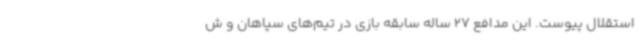
استقلال پیوست. این مدافع 27 ساله سابقه بازی در تیم‌های سپاهان و ش